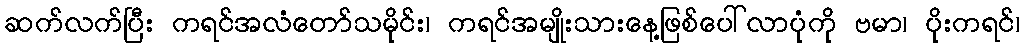
ဆက်လက်ပြီး ကရင်အလံတော်သမိုင်း၊ ကရင်အမျိုးသားနေ့ဖြစ်ပေါ်လာပုံကို ဗမာ၊ ပိုးကရင်၊